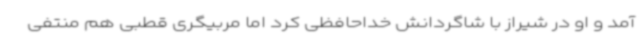
آمد و او در شیراز با شاگردانش خداحافظی کرد اما مربیگری قطبی هم منتفی